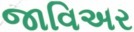
જાવિઅર